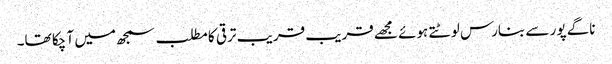
ناگے پور سے بنارس لوٹتے ہوئے مجھے قریب قریب ترقی کا مطلب سمجھ میں آ چکا تھا۔